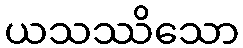
ယသဿိသော